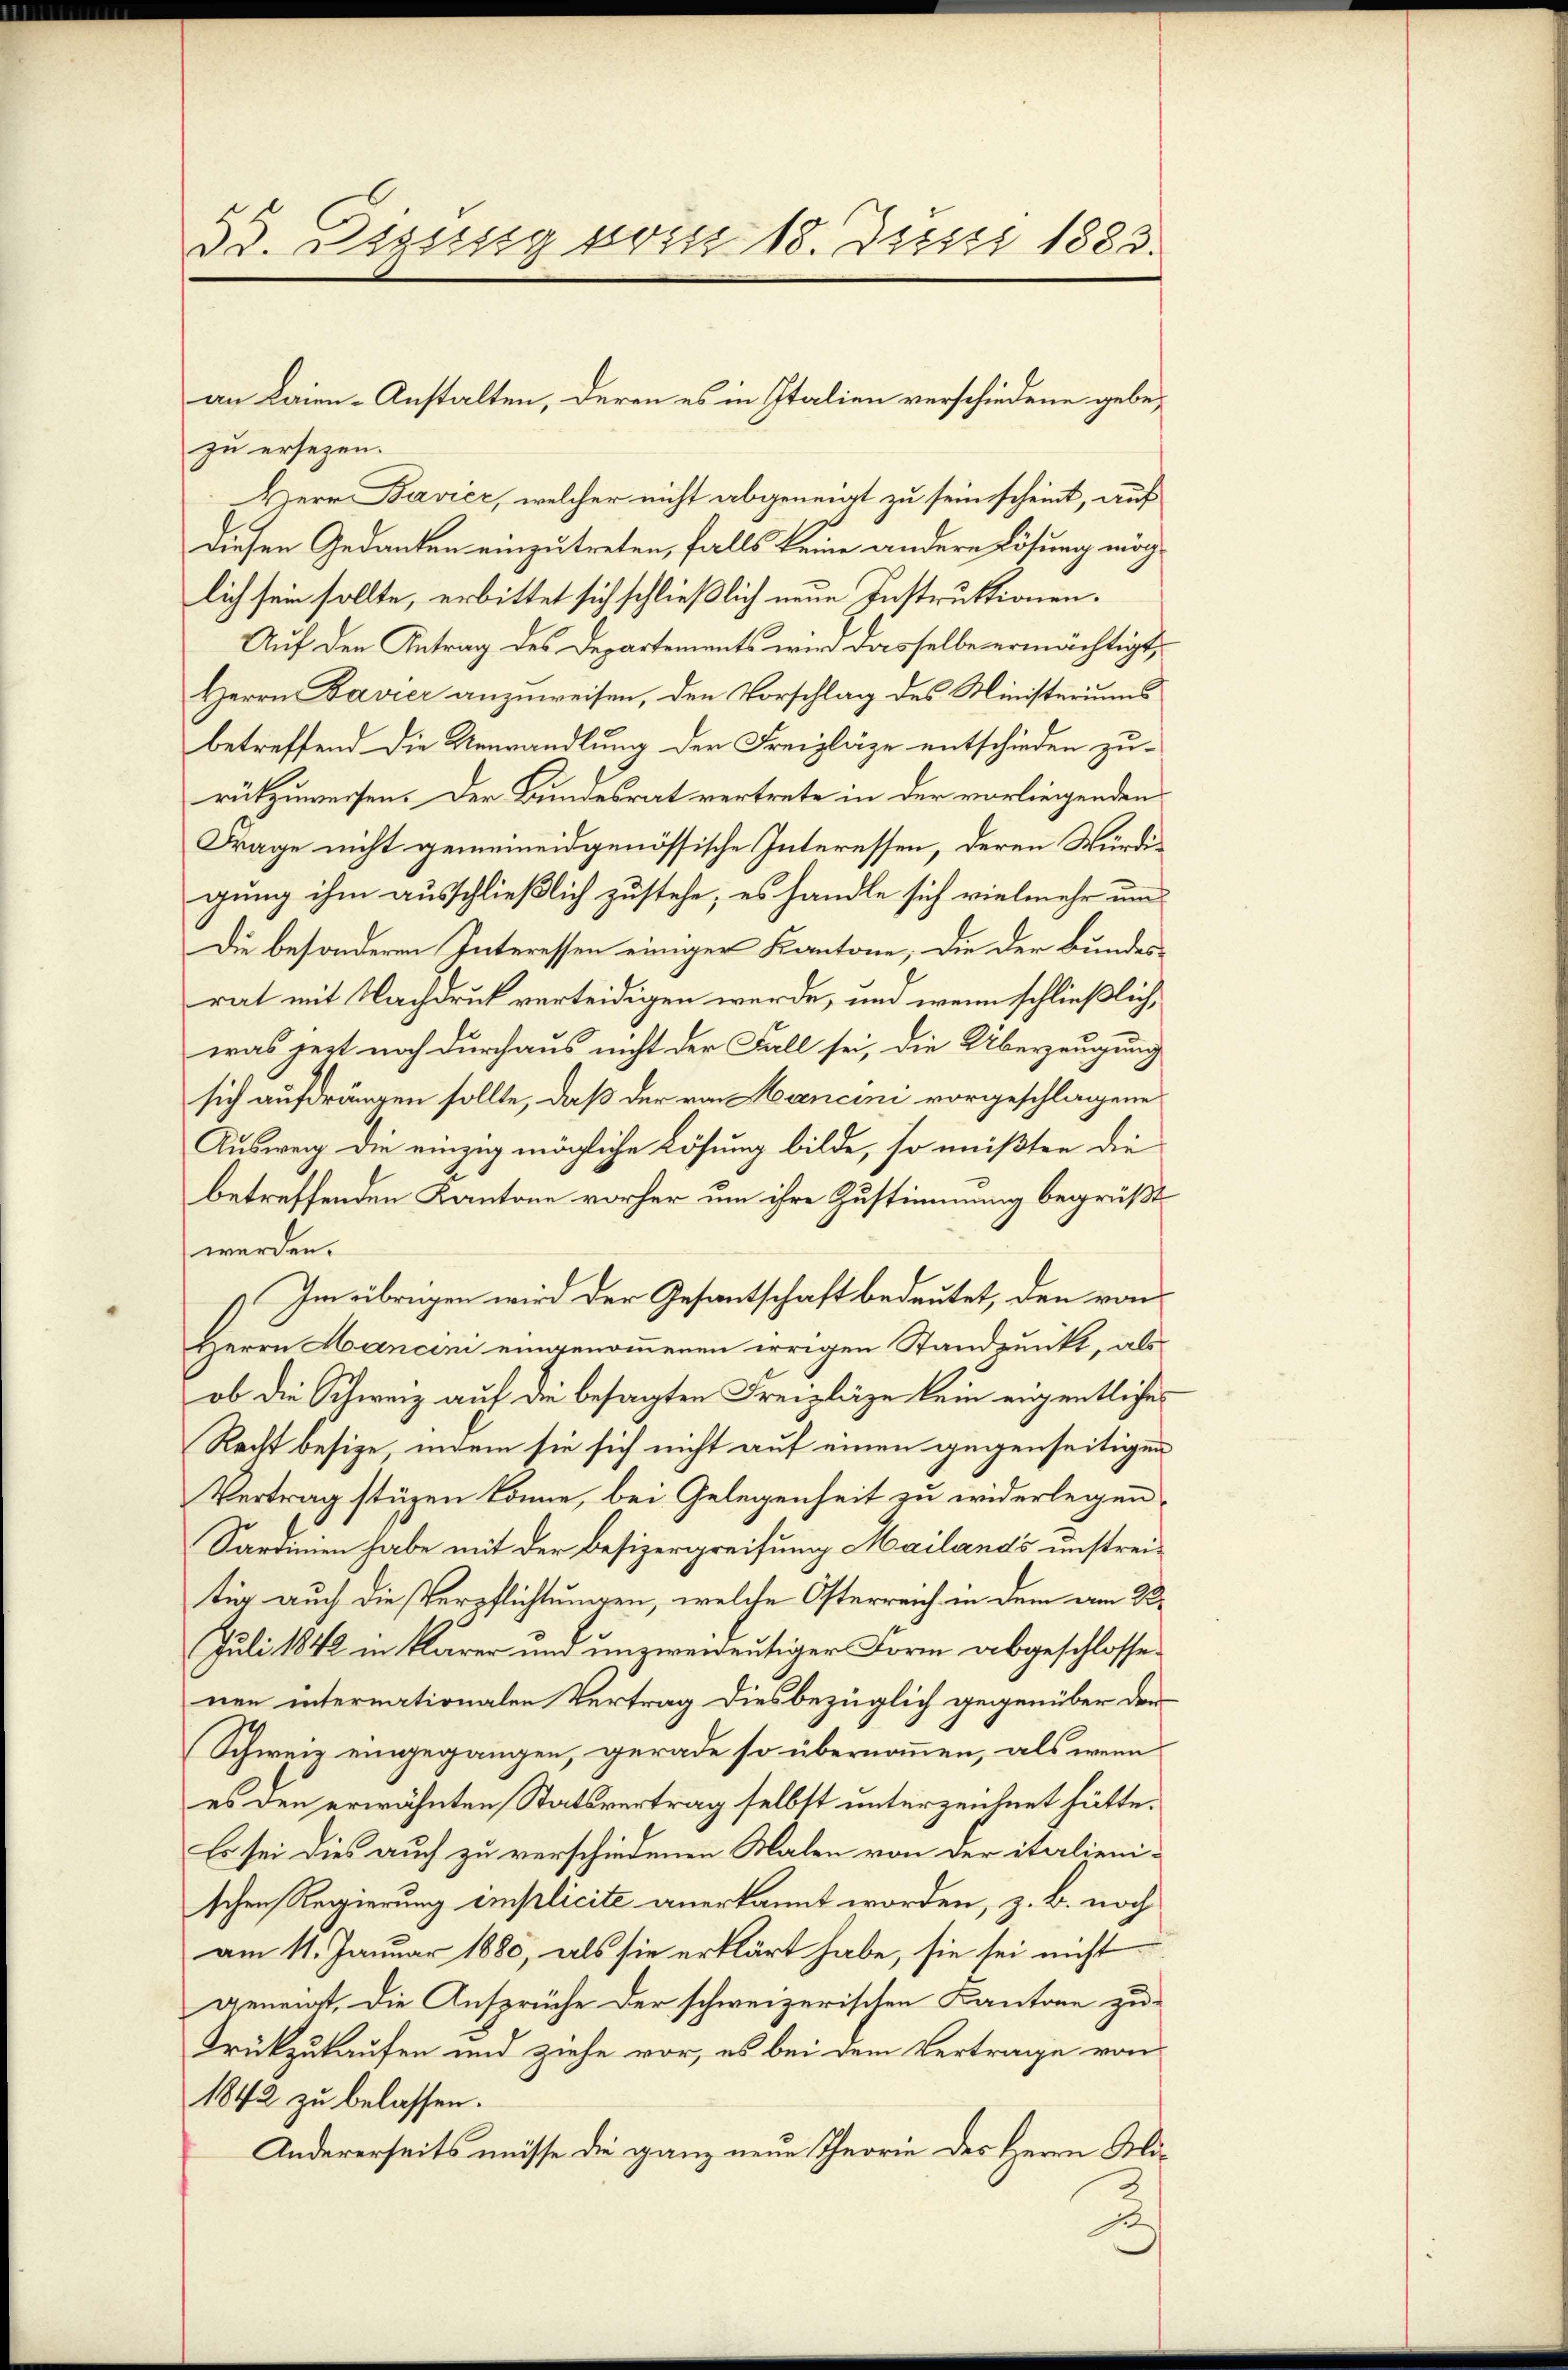
zu ersezen.
Herr Bavier, welcher nicht abgeneigt zu sein scheint, auf
diesen Gedanken einzutreten, falls keine andere Lösung möglich sein sollte, erbittet sich schließlich neue Instruktionen.
Auf den Antrag des Departements wird dasselbe ermächtigt,
Herrn Bavier anzuweisen, den Vorschlag des Ministeriums
betreffend die Umwandlung der Freizläge entschieden zurükzuweisen. Der Bundesrat vertrete in der vorliegenden
Frage nicht gemeineidgenössische Interessen, deren Würdigung ihm ausschließlich zustehe; es handle sich vielmehr um
Die besondere Interessen einiger Kantone, die der Bundesrat mit Nachdruck verteidigen werde, und wenn schließlich,
was jetzt noch durchaus nicht der Fall sei, die Überzeugung
sich aufdrängen sollte, daß der von Mancini vorgeschlagene
Ausweg die einzig mögliche Lösung bilde, so müßten die
betreffenden Kantone vorher um ihre Zustimmung begrüßt
werden.
) Im übrigen wird der Gesantschaft bedeutet, den von
Herrn Mancini eingenommenen irrigen Standpunkt, als
ob die Schweiz auf die besagten Freizläge kein eigentliches
Recht besize, indem sie sich nicht auf einen gegenseitigen
Vertrag stüzen könne, bei Gelegenheit zu widerlegen,
Sardinien habe mit der Besizergreifung Mailands unstreitür auch die Verpflichtungen, welche Osterreich in dem am 22.
Juli 1848 in klarer und unzweieutiger Form abgeschlosse.
nen internationalen Vertrag diesbezüglich gegenüber der
(Schweiz eingegangen, gerade so übernommen, als wenn
es den erwähnten Statsvertrag selbst unterzeichnet hätte.
Es sei dies auch zu verschiedenen Malen von der italienischen Regierung implicite anerkannt worden, z. B. noch
am 11. Januar 1880, als sie erklärt habe, sie sei nicht
geneigt, die Ansprüche der schweizerischen Kantone zu¬
Drückzukaufen und ziehe vor, es bei dem Vertrage von
1842 zu belassen.
Andererseits müsse die ganz neue Theorie des Herrn Ali¬
3

38. Darung von 18. Juni 1883.

an Laien-Anstalten, deren es in Italien verschiedene gebe¬